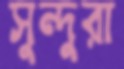
সুন্দুরা